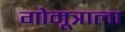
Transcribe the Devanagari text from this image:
गोमूत्राला